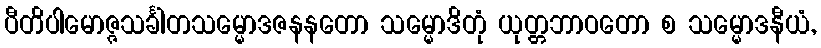
ပီတိပါမောဇ္ဇသင်္ခါတသမ္မောဒဇနနတော သမ္မောဒိတုံ ယုတ္တဘာဝတော စ သမ္မောဒနီယံ,